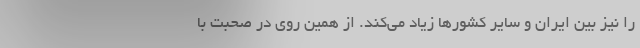
را نیز بین ایران و سایر کشورها زیاد می‌کند. از همین روی در صحبت‌ با